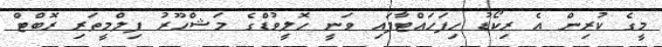
މީގެ ކުރިން އެ ރިކޯޑު ހިފަހައްޓާފައި ވަނީ ހޮލީވުޑްގެ މަޝްހޫރު ފިލްމީތަރި ރޮބްޓް